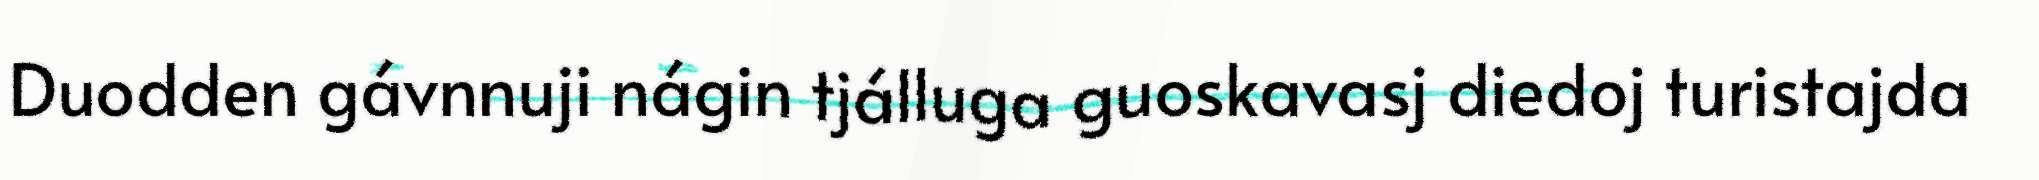
Duodden gávnnuji nágin tjálluga guoskavasj diedoj turistajda